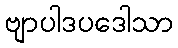
ဗျာပါဒပဒေါသာ